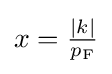
{\textstyle x={\frac {|k|}{p_{\rm {F}}}}}